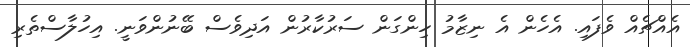
އެއްޗެއް ވެފައި. އެހެން އެ ނިޒާމު ހިންގަން ސަރުކާރުން އަދިވެސް ބޭނުންވަނީ. އިހުލާސްތެރި